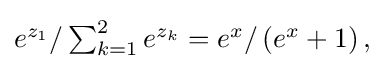
{\textstyle e^{z_{1}}/\sum _{k=1}^{2}e^{z_{k}}=e^{x}/\left(e^{x}+1\right),}